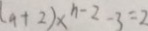
( a + 2 ) x ^ { n - 2 } - 3 = 2